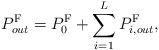
LaTeX: \begin{align*}P^{\textrm{F}}_{out} = P^{\textrm{F}}_0 + \sum\limits_{i=1}^LP^{\textrm{F}}_{i,out},\end{align*}